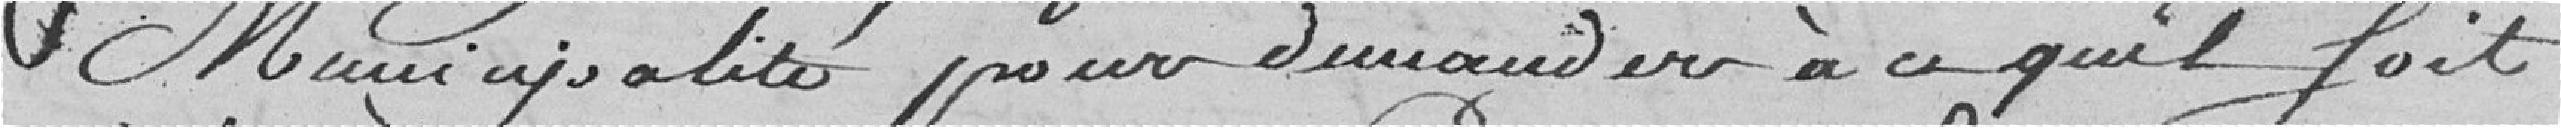
municipalité pour demander à ce qu'il soit